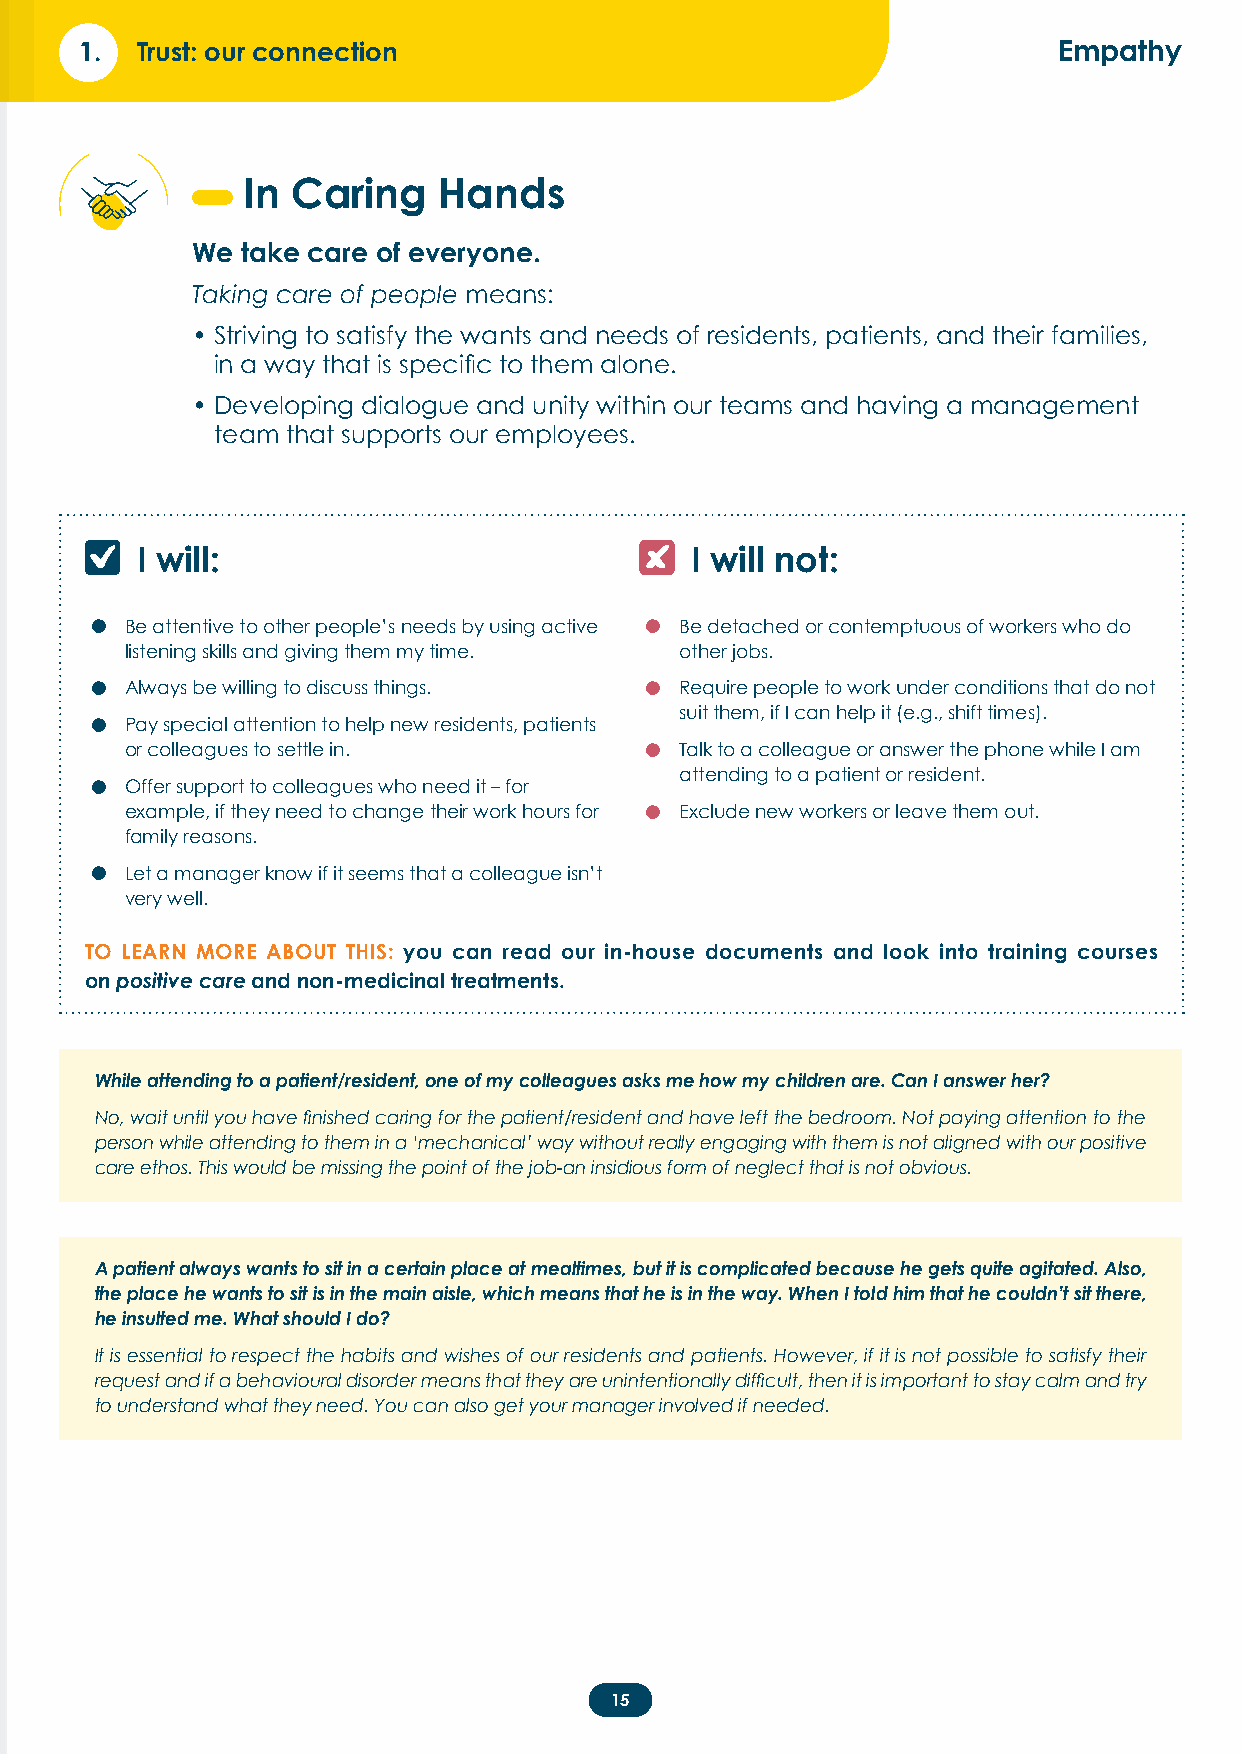
1.  Trust: our connection                                        Empathy
 In Caring    Hands
 We take care of everyone.
 Taking care of people means:
 • Striving to satisfy the wants and needs of residents, patients, and their families,
 in a way that is specific to them alone.
 • Developing dialogue and unity within our teams and having a management
 team that supports our employees.
 I will:                              I will not:
 •                                   •
 Be attentive to other people’s needs by using active Be detached or contemptuous of workers who do
 listening skills and giving them my time. other jobs.
 •                                   •
 Always be willing to discuss things. Require people to work under conditions that do not
 •                                      suit them, if I can help it (e.g., shift times).
 Pay special attention to help new residents, patients
 •
 or colleagues to settle in.          Talk to a colleague or answer the phone while I am
 •                                      attending to a patient or resident.
 Offer support to colleagues who need it – for
 •
 example, if they need to change their work hours for Exclude new workers or leave them out.
 family reasons.
 •
 Let a manager know if it seems that a colleague isn’t
 very well.
 TO LEARN MORE ABOUT THIS: you can read our in-house documents and look into training courses
 on positive care and non-medicinal treatments.
 While attending to a patient/resident, one of my colleagues asks me how my children are. Can I answer her?
 No, wait until you have finished caring for the patient/resident and have left the bedroom. Not paying attention to the
 person while attending to them in a ‘mechanical’ way without really engaging with them is not aligned with our positive
 care ethos. This would be missing the point of the job-an insidious form of neglect that is not obvious.
 A patient always wants to sit in a certain place at mealtimes, but it is complicated because he gets quite agitated. Also,
 the place he wants to sit is in the main aisle, which means that he is in the way. When I told him that he couldn’t sit there,
 he insulted me. What should I do?
 It is essential to respect the habits and wishes of our residents and patients. However, if it is not possible to satisfy their
 request and if a behavioural disorder means that they are unintentionally difficult, then it is important to stay calm and try
 to understand what they need. You can also get your manager involved if needed.
 15